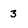
Character: 3